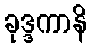
ခုဒ္ဒကာနိ